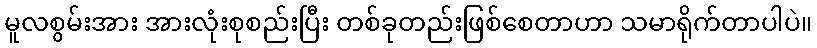
မူလစွမ်းအား အားလုံးစုစည်းပြီး တစ်ခုတည်းဖြစ်စေတာဟာ သမာရိုက်တာပါပဲ။